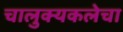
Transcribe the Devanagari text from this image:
चालुक्यकलेचा